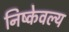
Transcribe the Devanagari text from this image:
निष्केवल्य